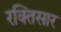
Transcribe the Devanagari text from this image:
रक्तिसार